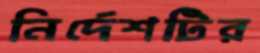
নির্দেশটির